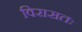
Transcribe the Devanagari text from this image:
विरासतः